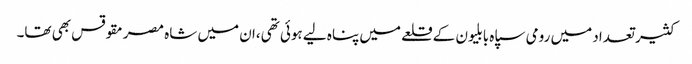
کثیر تعداد میں رومی سپاہ بابلیون کے قلعے میں پناہ لیے ہوئی تھی،ان میں شاہ مصرمقوقس بھی تھا۔